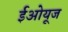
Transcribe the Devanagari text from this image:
ईओयूज